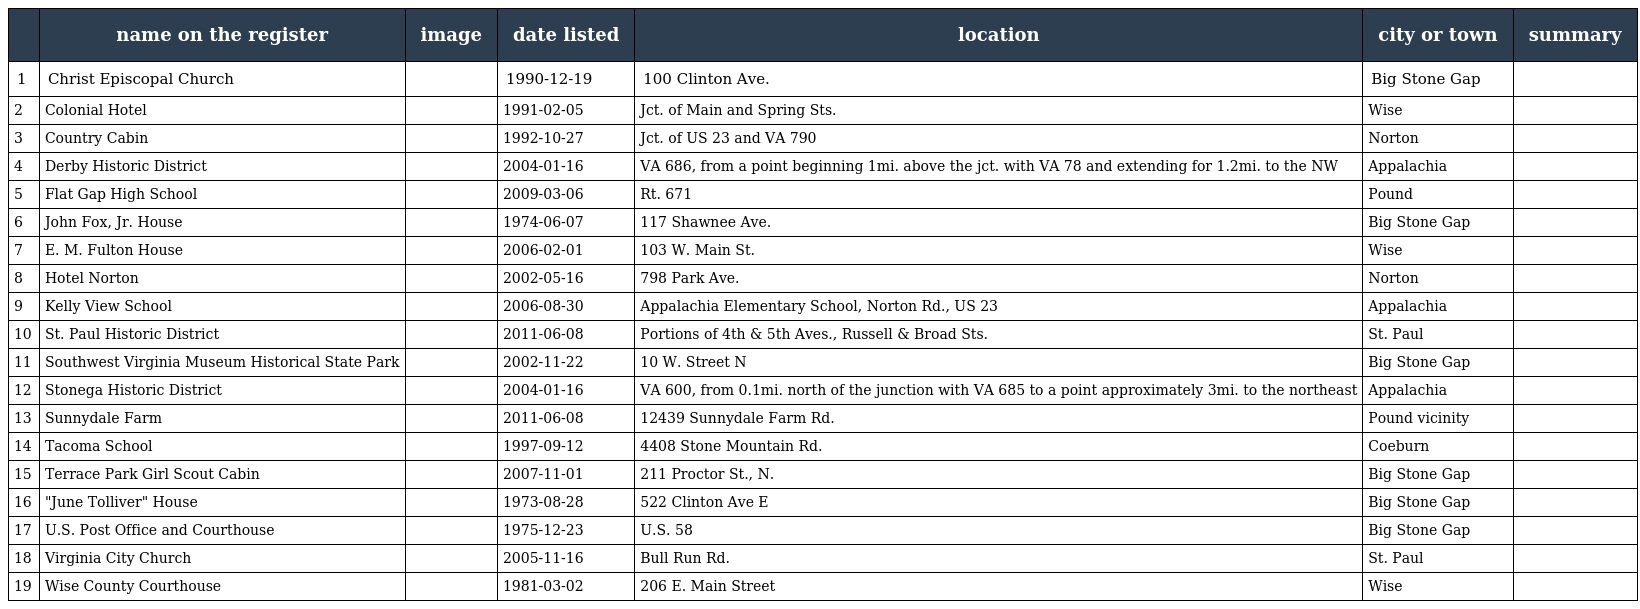
|  | name on the register | image | date listed | location | city or town | summary |
 | --- | --- | --- | --- | --- | --- | --- |
 | 1 | Christ Episcopal Church |  | 1990-12-19 | 100 Clinton Ave. | Big Stone Gap |  |
 | 2 | Colonial Hotel |  | 1991-02-05 | Jct. of Main and Spring Sts. | Wise |  |
 | 3 | Country Cabin |  | 1992-10-27 | Jct. of US 23 and VA 790 | Norton |  |
 | 4 | Derby Historic District |  | 2004-01-16 | VA 686, from a point beginning 1mi. above the jct. with VA 78 and extending for 1.2mi. to the NW | Appalachia |  |
 | 5 | Flat Gap High School |  | 2009-03-06 | Rt. 671 | Pound |  |
 | 6 | John Fox, Jr. House |  | 1974-06-07 | 117 Shawnee Ave. | Big Stone Gap |  |
 | 7 | E. M. Fulton House |  | 2006-02-01 | 103 W. Main St. | Wise |  |
 | 8 | Hotel Norton |  | 2002-05-16 | 798 Park Ave. | Norton |  |
 | 9 | Kelly View School |  | 2006-08-30 | Appalachia Elementary School, Norton Rd., US 23 | Appalachia |  |
 | 10 | St. Paul Historic District |  | 2011-06-08 | Portions of 4th & 5th Aves., Russell & Broad Sts. | St. Paul |  |
 | 11 | Southwest Virginia Museum Historical State Park |  | 2002-11-22 | 10 W. Street N | Big Stone Gap |  |
 | 12 | Stonega Historic District |  | 2004-01-16 | VA 600, from 0.1mi. north of the junction with VA 685 to a point approximately 3mi. to the northeast | Appalachia |  |
 | 13 | Sunnydale Farm |  | 2011-06-08 | 12439 Sunnydale Farm Rd. | Pound vicinity |  |
 | 14 | Tacoma School |  | 1997-09-12 | 4408 Stone Mountain Rd. | Coeburn |  |
 | 15 | Terrace Park Girl Scout Cabin |  | 2007-11-01 | 211 Proctor St., N. | Big Stone Gap |  |
 | 16 | "June Tolliver" House |  | 1973-08-28 | 522 Clinton Ave E | Big Stone Gap |  |
 | 17 | U.S. Post Office and Courthouse |  | 1975-12-23 | U.S. 58 | Big Stone Gap |  |
 | 18 | Virginia City Church |  | 2005-11-16 | Bull Run Rd. | St. Paul |  |
 | 19 | Wise County Courthouse |  | 1981-03-02 | 206 E. Main Street | Wise |  |